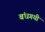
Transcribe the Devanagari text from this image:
बंधगयी